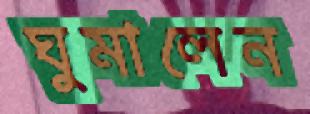
ঘুমালেন